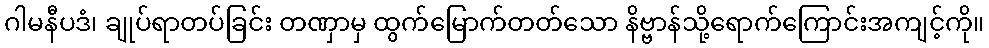
ဂါမနီပဒံ၊ ချုပ်ရာတပ်ခြင်း တဏှာမှ ထွက်မြောက်တတ်သော နိဗ္ဗာန်သို့ရောက်ကြောင်းအကျင့်ကို။